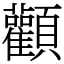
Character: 顴